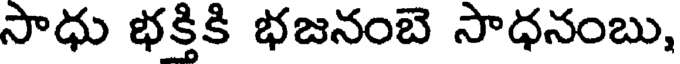
సాధు భక్తికి భజనంబె సాధనంబు,